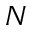
N